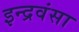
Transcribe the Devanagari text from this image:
इन्द्रवंसा